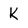
Character: k